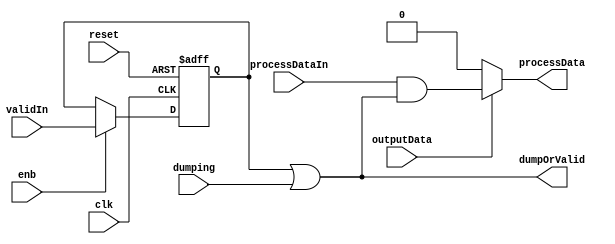
// -------------------------------------------------------------
// 
// 
// Generated by MATLAB 9.13 and HDL Coder 4.0
// 
// -------------------------------------------------------------


// -------------------------------------------------------------
// 
// Module: GateProcessData
// Source Path: BlobAnalysisHDL/BlobDetector/CCA_Algorithm/Closing/LineBuffer/GateProcessData
// Hierarchy Level: 4
// 
// -------------------------------------------------------------

`timescale 1 ns / 1 ns

module GateProcessData
          (clk,
           reset,
           enb,
           processDataIn,
           validIn,
           dumping,
           outputData,
           processData,
           dumpOrValid);


  input   clk;
  input   reset;
  input   enb;
  input   processDataIn;
  input   validIn;
  input   dumping;
  input   outputData;
  output  processData;
  output  dumpOrValid;


  wire processNull;
  reg  validREG;
  wire validOrDumping;
  wire processValid;


  assign processNull = 1'b0;



  always @(posedge clk or posedge reset)
    begin : reg_rsvd_process
      if (reset == 1'b1) begin
        validREG <= 1'b0;
      end
      else begin
        if (enb) begin
          validREG <= validIn;
        end
      end
    end



  assign validOrDumping = validREG | dumping;



  assign processValid = processDataIn & validOrDumping;



  assign processData = (outputData == 1'b0 ? processNull :
              processValid);



  assign dumpOrValid = validOrDumping;

endmodule  // GateProcessData